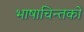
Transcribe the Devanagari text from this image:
भाषाचिन्तको